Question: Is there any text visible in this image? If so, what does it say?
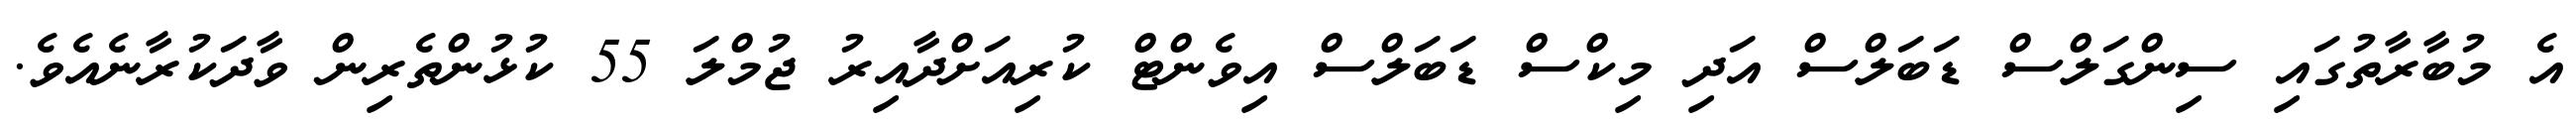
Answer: އެ މުބާރާތުގައި ސިންގަލްސް ޑަބަލްސް އަދި މިކްސް ޑަބަލްސް އިވެންޓް ކުރިއަށްދާއިރު ޖުމްލަ 55 ކުޅުންތެރިން ވާދަކުރާނެއެވެ.